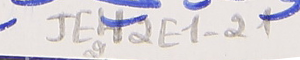
JEH2E1-212